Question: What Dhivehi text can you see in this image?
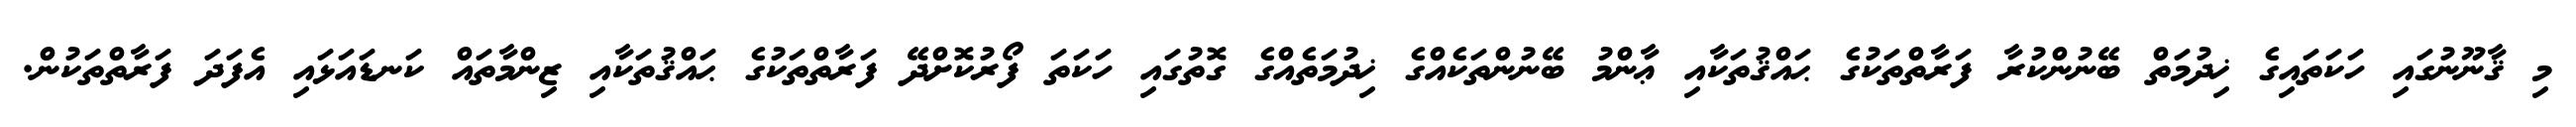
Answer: މި ޤާނޫނުގައި ހަކަތައިގެ ޚިދުމަތް ބޭނުންކުރާ ފަރާތްތަކުގެ ޙައްޤުތަކާއި ޢާންމު ބޭނުންތަކެއްގެ ޚިދުމަތެއްގެ ގޮތުގައި ހަކަތަ ފޯރުކޮށްދޭ ފަރާތްތަކުގެ ޙައްޤުތަކާއި ޒިންމާތައް ކަނޑައަޅައި އެފަދަ ފަރާތްތަކުން.